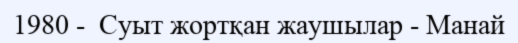
1980 -  Суыт жортқан жаушылар - Манай